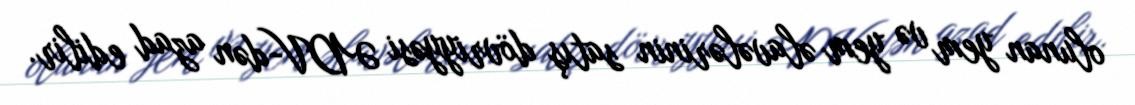
olunan yem və yem əlavələrinin satış dövriyyəsi ƏDV-dən azad edilir.